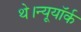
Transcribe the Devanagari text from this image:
थे।न्यूयॉर्क